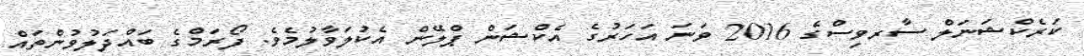
ކަރެކްޝަނަލް ސާރވިސްގެ 2016 ވަނަ އަހަރުގެ އެކްޝަން ޕްލޭން އެކުލަވާލުމެވެ. ފޯރަމްގެ ބައްދަލުވުންތައް